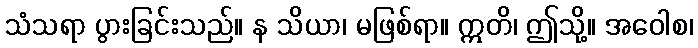
သံသရာ ပွားခြင်းသည်။ န သိယာ၊ မဖြစ်ရာ။ ဣတိ၊ ဤသို့။ အဝေါစ၊